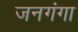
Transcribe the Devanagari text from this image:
जनगंगा